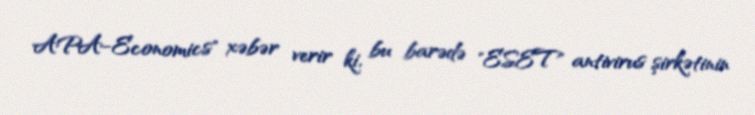
APA-Economics" xəbər verir ki, bu barədə "ESET" antivirus şirkətinin